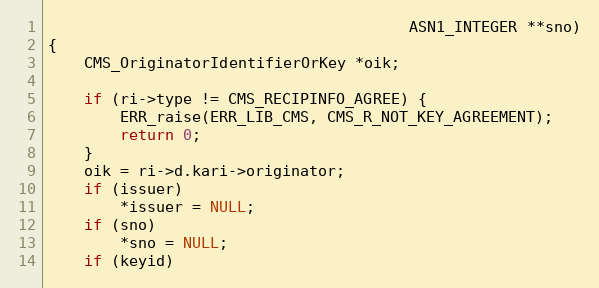
Language: C
                                        ASN1_INTEGER **sno)
{
    CMS_OriginatorIdentifierOrKey *oik;

    if (ri->type != CMS_RECIPINFO_AGREE) {
        ERR_raise(ERR_LIB_CMS, CMS_R_NOT_KEY_AGREEMENT);
        return 0;
    }
    oik = ri->d.kari->originator;
    if (issuer)
        *issuer = NULL;
    if (sno)
        *sno = NULL;
    if (keyid)